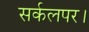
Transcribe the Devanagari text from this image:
सर्कलपर।